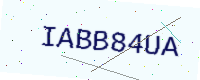
Text: IABB84UA